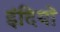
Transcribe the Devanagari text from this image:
इंदियों